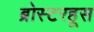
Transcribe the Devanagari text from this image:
ब्रोस्टरहूस